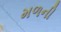
મળની